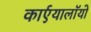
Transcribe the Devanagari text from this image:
कार्एयालाॅयो